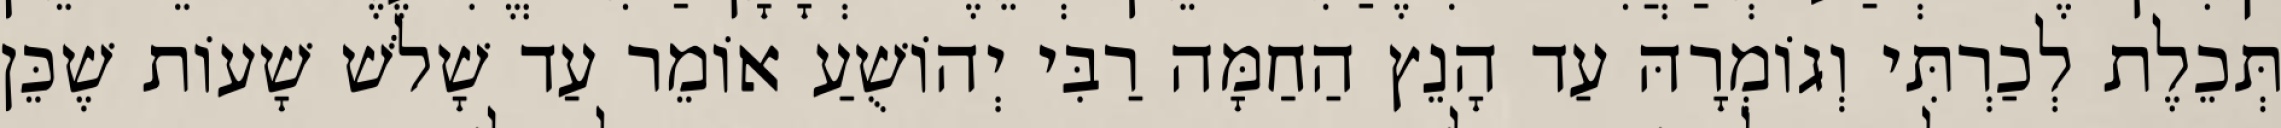
תְּכֵלֶת לְכַרְתִּי וְגוֹמְרָהּ עַד הָנֵץ הַחַמָּה רַבִּי יְהוֹשֻׁעַ אוֹמֵר עַד שָׁלֹשׁ שָׁעוֹת שֶׁכֵּן